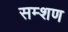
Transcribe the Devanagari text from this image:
सम्शण